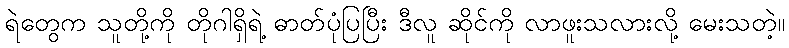
ရဲတွေက သူတို့ကို တိုဂါရှိရဲ့ ဓာတ်ပုံပြပြီး ဒီလူ ဆိုင်ကို လာဖူးသလားလို့ မေးသတဲ့။